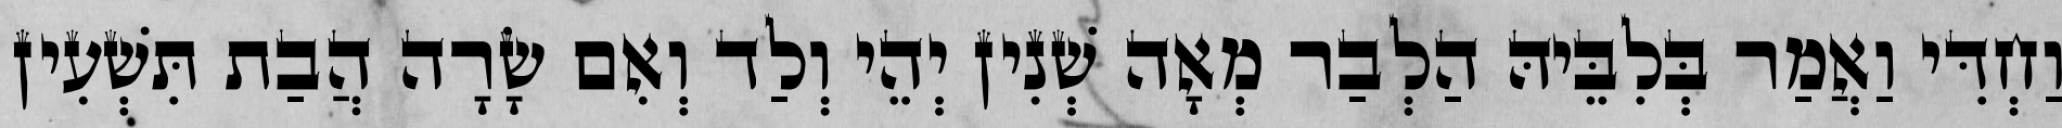
וַחְדִּי וַאֲמַר בְּלִבֵּיהּ הַלְבַר מְאָה שְׁנִין יְהֵי וְלַד וְאִם שָׂרָה הֲבַת תִּשְׁעִין